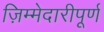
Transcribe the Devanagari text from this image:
ज़िम्मेदारीपूर्ण